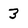
Character: 3